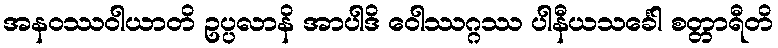
အနဝဿဝါယာတိ ဥပ္ပလာနိ အာပါဒိ ဝေါဿဂ္ဂဿ ပါနီယသင်္ခေါ စတ္တာရီတိ